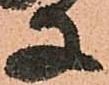
子